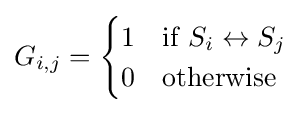
G_{i,j}={\begin{cases}1&{\text{if }}S_{i}\leftrightarrow S_{j}\\0&{\text{otherwise}}\end{cases}}